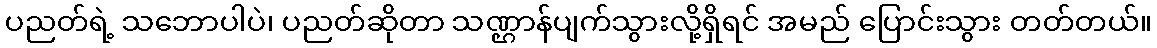
ပညတ်ရဲ့ သဘောပါပဲ၊ ပညတ်ဆိုတာ သဏ္ဌာန်ပျက်သွားလို့ရှိရင် အမည် ပြောင်းသွား တတ်တယ်။